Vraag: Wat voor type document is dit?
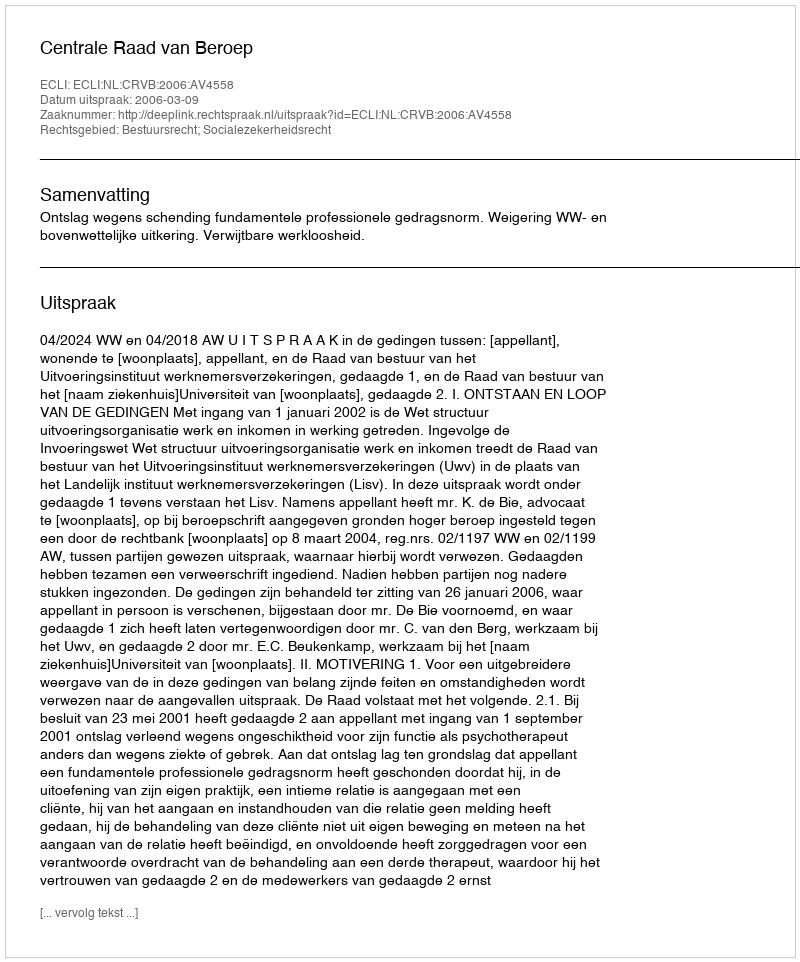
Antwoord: Uitspraak